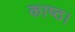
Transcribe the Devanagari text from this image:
काष्ठ।